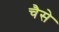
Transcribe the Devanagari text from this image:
चैसे